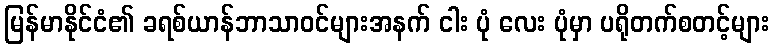
မြန်မာနိုင်ငံ၏ ခရစ်ယာန်ဘာသာဝင်များအနက် ငါး ပုံ လေး ပုံမှာ ပရိုတက်စတင့်များ